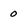
Character: 0